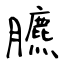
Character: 臕